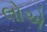
લોએ